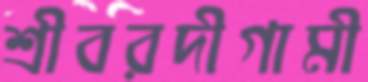
শ্রীবরদীগামী